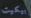
بيكيت